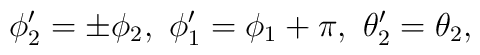
\phi'_2=\pm\phi_2, \ \phi'_1=\phi_1+\pi,  \ \theta'_2=\theta_2,